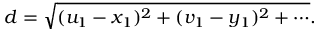
d = { \sqrt { ( u _ { 1 } - x _ { 1 } ) ^ { 2 } + ( v _ { 1 } - y _ { 1 } ) ^ { 2 } + \cdots } } .